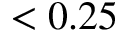
< 0 . 2 5